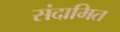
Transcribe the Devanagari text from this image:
संदामित